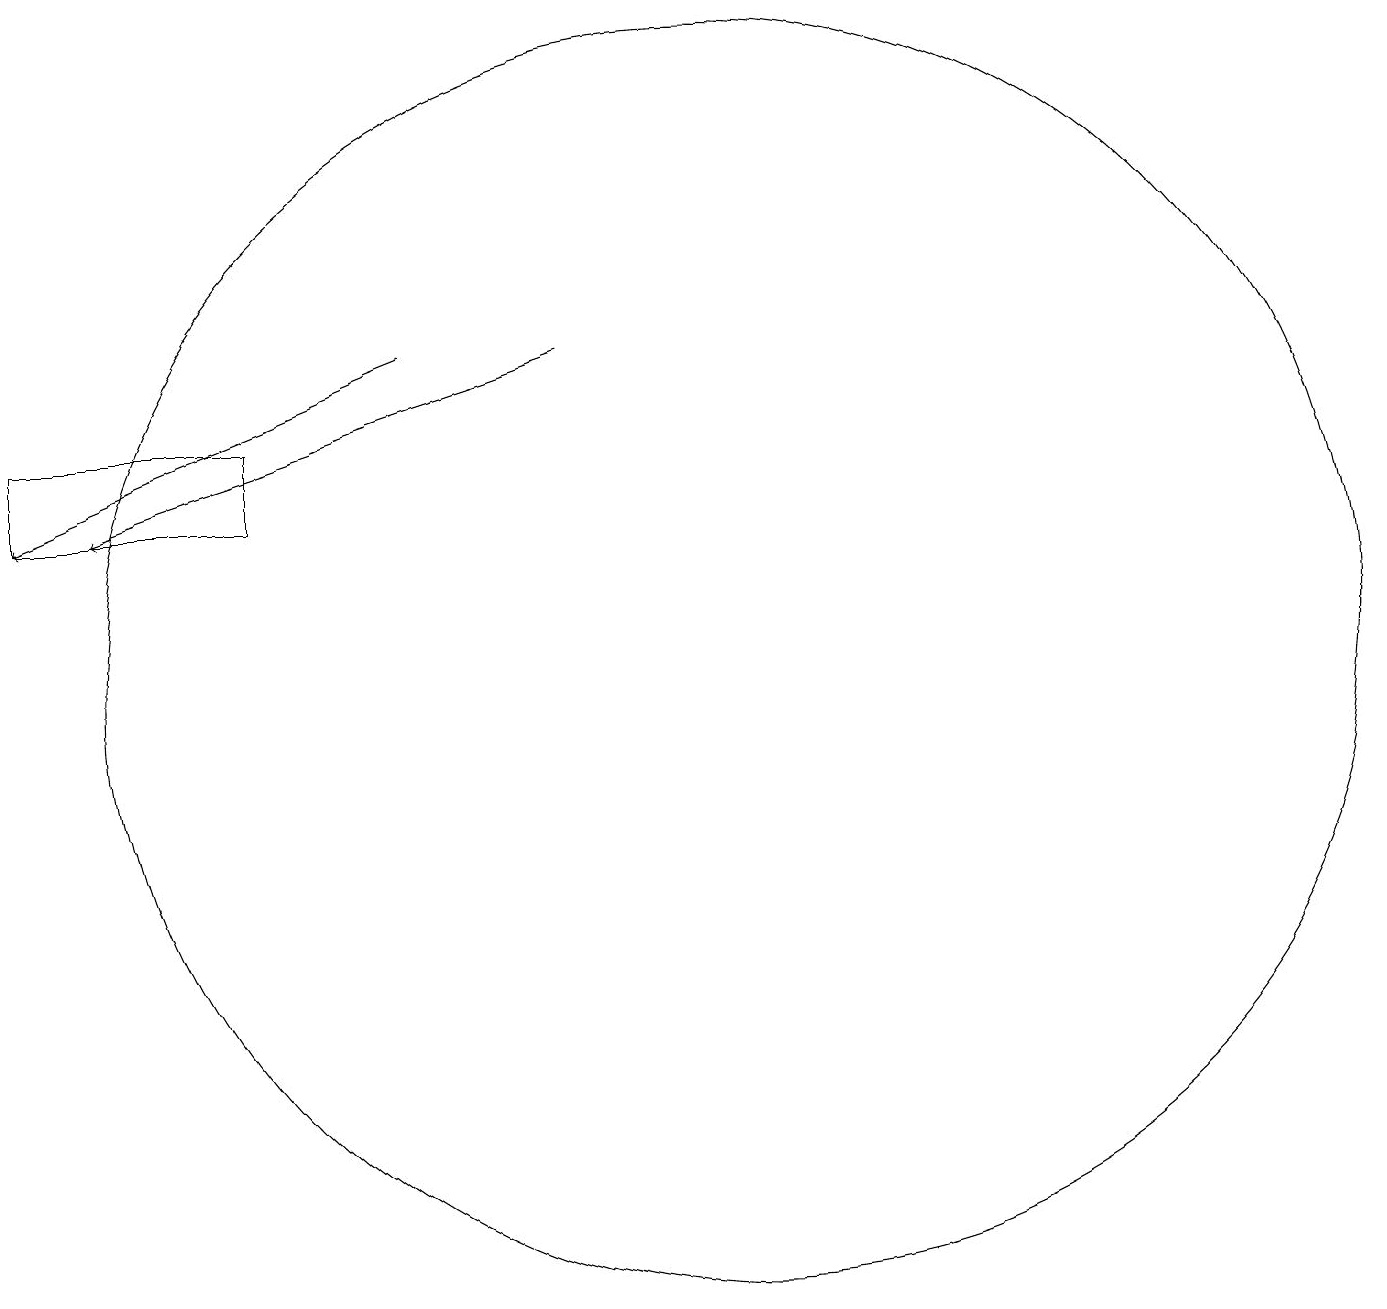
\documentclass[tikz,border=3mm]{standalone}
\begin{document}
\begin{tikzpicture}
\draw[->] (9,14) -- (3,12);
\draw (5,13) rectangle (2,12);
\draw (11,10) circle (8);
\draw[->] (7,14) -- (2,12);
\draw (10,10) circle (0);
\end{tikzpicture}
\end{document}